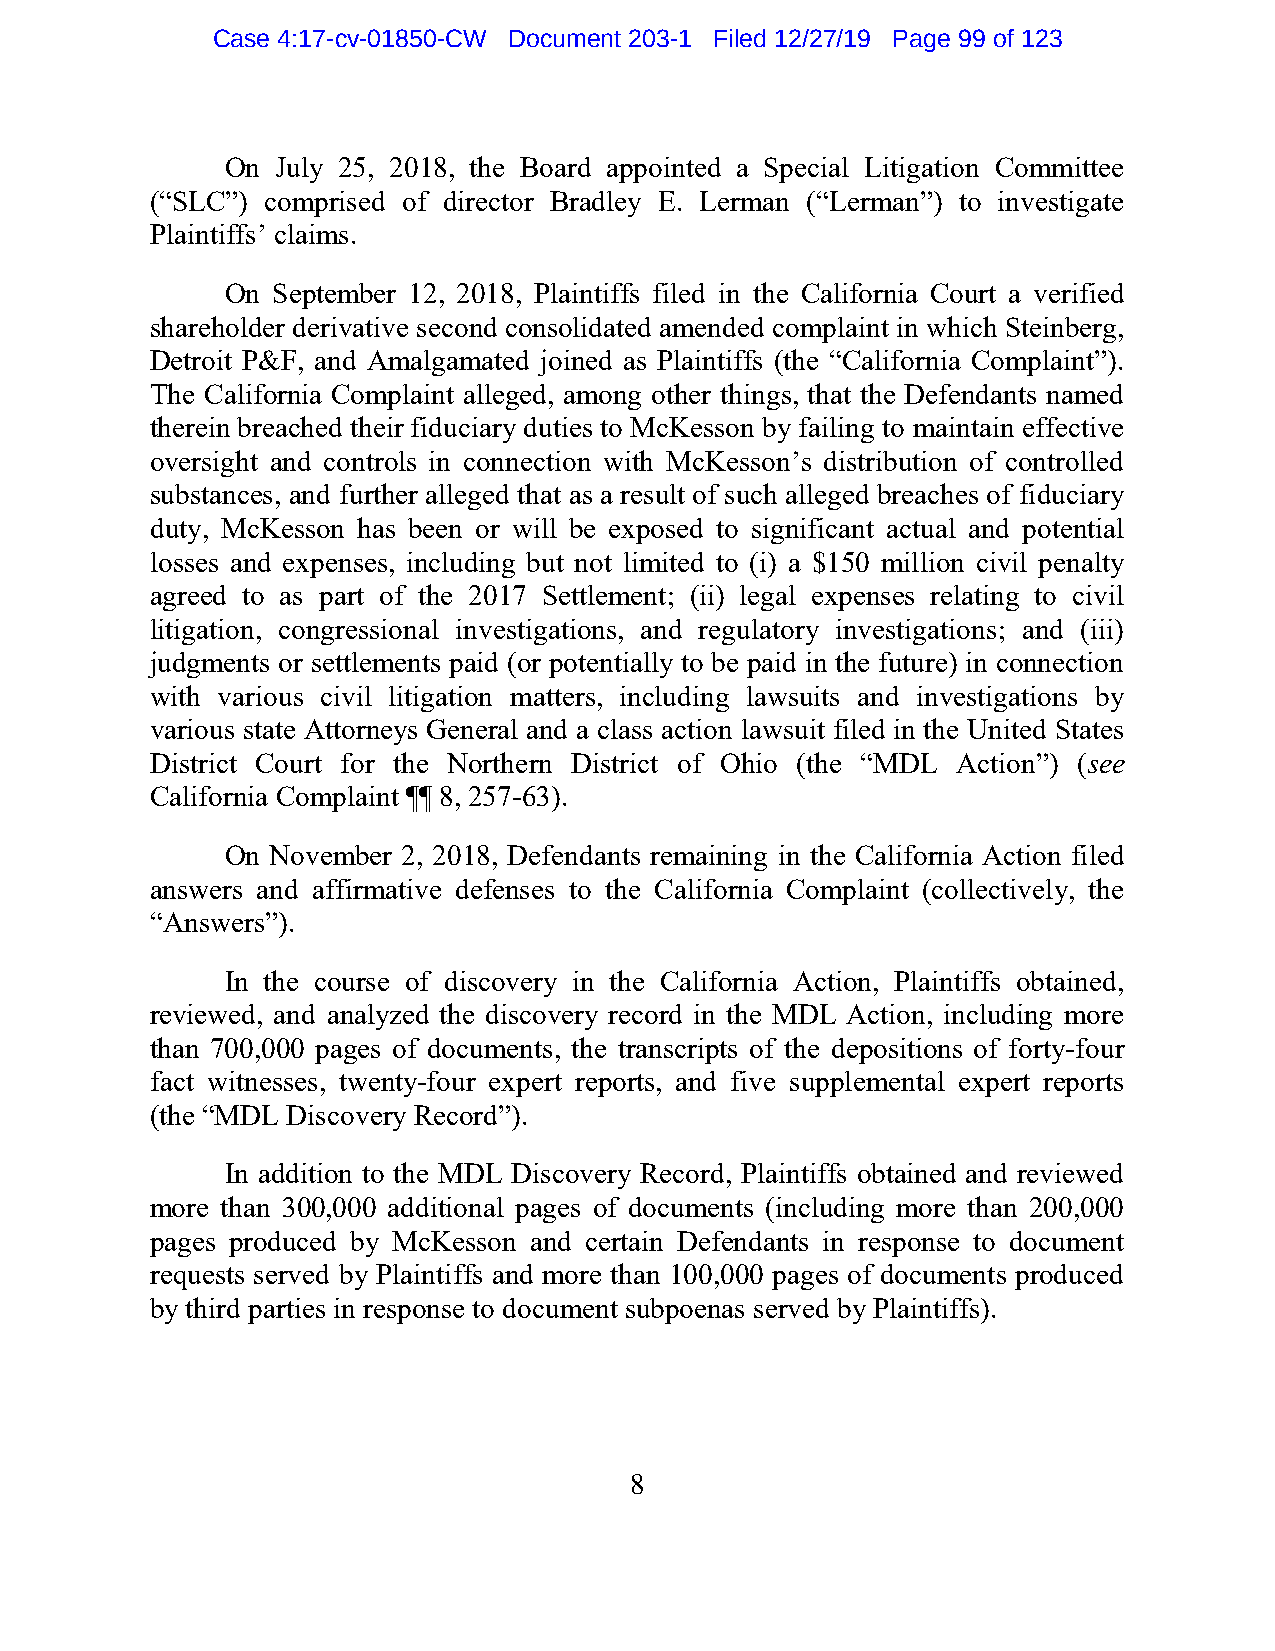
Case 4:17-cv-01850-CW Document 203-1 Filed 12/27/19 Page 99 of 123
 On July 25, 2018, the Board appointed a Special Litigation Committee
 (“SLC”) comprised of director Bradley E. Lerman (“Lerman”) to investigate
 Plaintiffs’ claims.
 On September 12, 2018, Plaintiffs filed in the California Court a verified
 shareholder derivative second consolidated amended complaint in which Steinberg,
 Detroit P&F, and Amalgamated joined as Plaintiffs (the “California Complaint”).
 The California Complaint alleged, among other things, that the Defendants named
 therein breached their fiduciary duties to McKesson by failing to maintain effective
 oversight and controls in connection with McKesson’s distribution of controlled
 substances, and further alleged that as a result of such alleged breaches of fiduciary
 duty, McKesson has been or will be exposed to significant actual and potential
 losses and expenses, including but not limited to (i) a $150 million civil penalty
 agreed to as part of the 2017 Settlement; (ii) legal expenses relating to civil
 litigation, congressional investigations, and regulatory investigations; and (iii)
 judgments or settlements paid (or potentially to be paid in the future) in connection
 with various civil litigation matters, including lawsuits and investigations by
 various state Attorneys General and a class action lawsuit filed in the United States
 District Court for the Northern District of Ohio (the “MDL Action”) (see
 California Complaint ¶¶ 8, 257-63).
 On November 2, 2018, Defendants remaining in the California Action filed
 answers and affirmative defenses to the California Complaint (collectively, the
 “Answers”).
 In the course of discovery in the California Action, Plaintiffs obtained,
 reviewed, and analyzed the discovery record in the MDL Action, including more
 than 700,000 pages of documents, the transcripts of the depositions of forty-four
 fact witnesses, twenty-four expert reports, and five supplemental expert reports
 (the “MDL Discovery Record”).
 In addition to the MDL Discovery Record, Plaintiffs obtained and reviewed
 more than 300,000 additional pages of documents (including more than 200,000
 pages produced by McKesson and certain Defendants in response to document
 requests served by Plaintiffs and more than 100,000 pages of documents produced
 by third parties in response to document subpoenas served by Plaintiffs).
 8